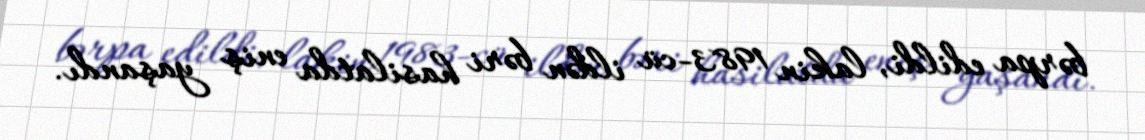
bərpa edildi, lakin 1983-cü ildən bəri hasilatda eniş yaşandı.